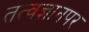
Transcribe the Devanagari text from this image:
तत्वज्ञानपर